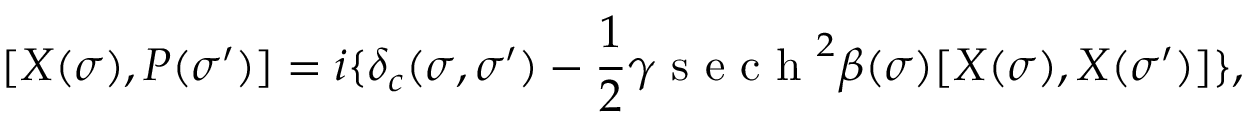
[ X ( \sigma ) , P ( \sigma ^ { \prime } ) ] = i \{ \delta _ { c } ( \sigma , \sigma ^ { \prime } ) - \frac { 1 } { 2 } \gamma \textrm { s e c h } ^ { 2 } \beta ( \sigma ) [ X ( \sigma ) , X ( \sigma ^ { \prime } ) ] \} ,